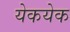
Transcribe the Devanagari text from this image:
येकयेक